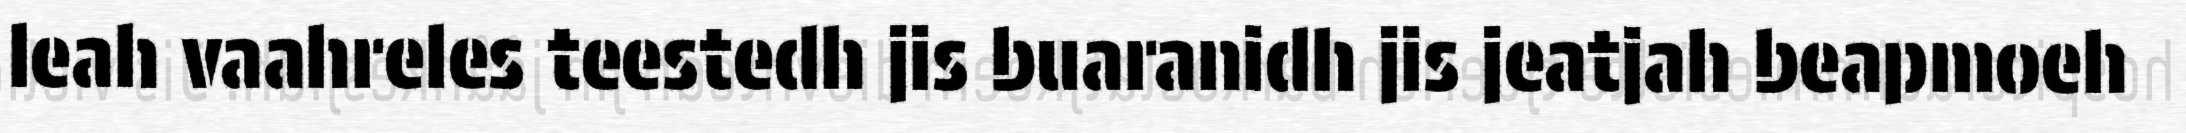
leah vaahreles teestedh jis buaranidh jis jeatjah beapmoeh